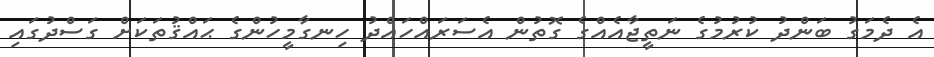
އެ ދެމަގު ބަންދު ކުރުމުގެ ނަތީޖާއެއްގެ ގޮތުން އެސަރައްހައްދު ހިނގާމީހުންގެ ޙައްޤުތަކަށް ގަސްދުގައި